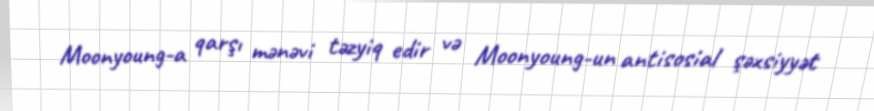
Moonyoung-a qarşı mənəvi təzyiq edir və Moonyoung-un antisosial şəxsiyyət